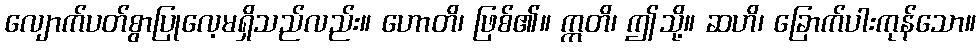
လျောက်ပတ်စွာပြုလေ့မရှိသည်လည်း။ ဟောတိ၊ ဖြစ်၏။ ဣတိ၊ ဤသို့။ ဆဟိ၊ ခြောက်ပါးကုန်သော။